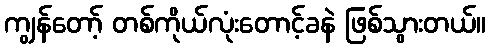
ကျွန်တော့် တစ်ကိုယ်လုံးတောင့်ခနဲ ဖြစ်သွားတယ်။